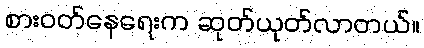
စားဝတ်နေရေးက ဆုတ်ယုတ်လာတယ်။